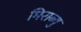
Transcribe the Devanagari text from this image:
मिराब्यु